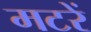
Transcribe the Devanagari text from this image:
मटरें